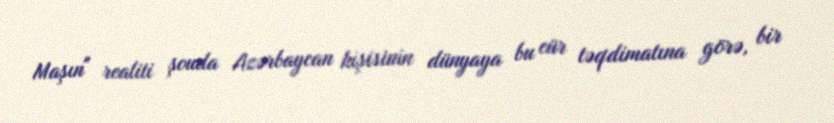
Maşın" realiti şouda Azərbaycan kişisinin dünyaya bu cür təqdimatına görə, bir